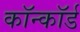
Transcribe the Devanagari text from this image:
कॉन्कॉर्ड